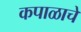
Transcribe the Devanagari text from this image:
कपाळाचे